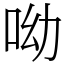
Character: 呦